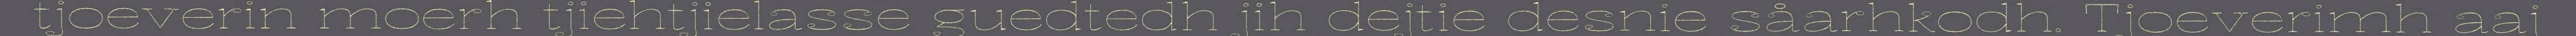
tjoeverin moerh tjiehtjielasse guedtedh jih dejtie desnie såarhkodh. Tjoeverimh aaj